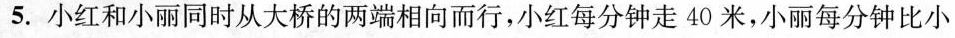
5.小红和小丽同时从大桥的两端相向而行，小红每分钟走40米，小丽每分钟比小